Indian journal of veterinary science and animal husbandry - Volume 9,
Year: 1939
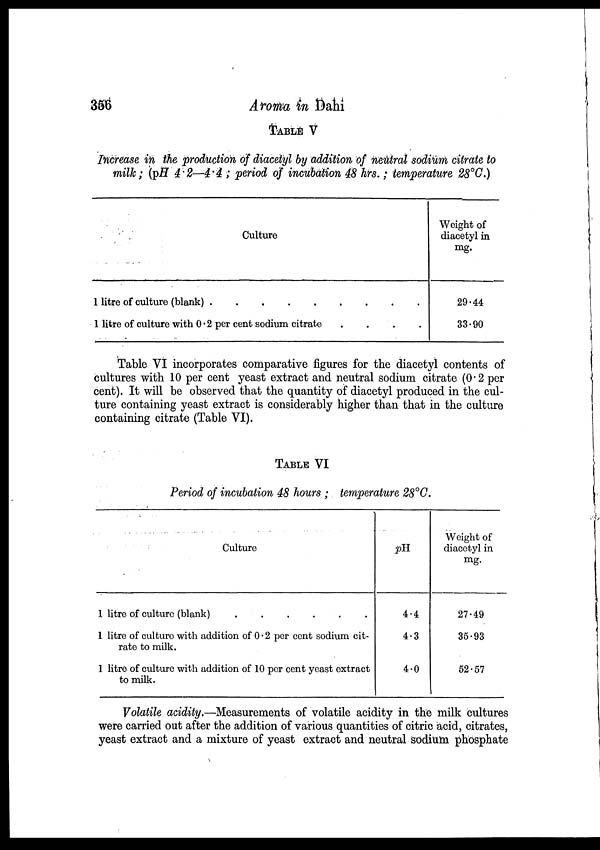
356
Aroma in Dahi
TABLE V
Increase in the production of diacetyl by addition of neutral sodium citrate to
milk; (pH 4.2—4.4 ; period of incubation 48 hrs.; temperature 28°C.)
Culture
1 litre of culture (blank) .
.
.
.
.
1 litre of culture with 0.2 per cent sodium citrate
.
.
.
.
.
.
.
.
Weight of
diacetyl in
mg.
29.44
33.90
Table VI incorporates comparative figures for the diacetyl contents of
cultures with 10 per cent yeast extract and neutral sodium citrate (0.2 per
cent). It will be observed that the quantity of diacetyl produced in the cul-
ture containing yeast extract is considerably higher than that in the culture
containing citrate (Table VI).
TABLE VI
Period of incubation 48 hours ; temperature 28°C.
Culture
1 litre of culture (blank)
.
.
.
.
.
.
1 litre of culture with addition of 0.2 per cent sodium cit-
rate to milk.
1 litre of culture with addition of 10 per cent yeast extract
to milk.
pH.
4.4
4.3
4.0
Weight of
diacetylin
mg.
27.49
35.93
52.57
Volatile acidity.—Measurements of volatile acidity in the milk cultures
were carried out after the addition of various quantities of citric acid, citrates,
yeast extract and a mixture of yeast extract and neutral sodium phosphate